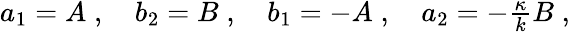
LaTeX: \begin{array}{r}{a_{1}=A\; ,\quad b_{2}=B\; ,\quad b_{1}=-A\; ,\quad a_{2}=-\frac{\kappa}{k}B\; ,}\end{array}